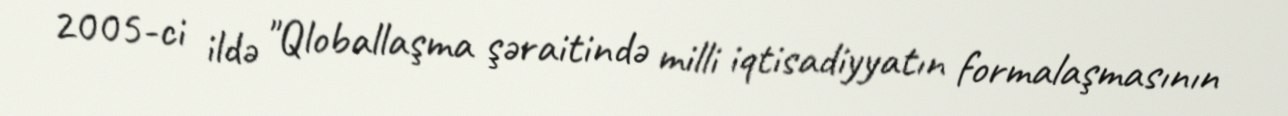
2005-ci ildə "Qloballaşma şəraitində milli iqtisadiyyatın formalaşmasının